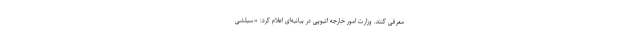
معرفی کنند. وزارت امور خارجه اتیوپی در بیانیه‌ای اعلام کرد: «سیلشی